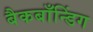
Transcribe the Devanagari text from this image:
बैकबाँन्डिंग